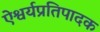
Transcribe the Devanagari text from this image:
ऐश्वर्यप्रतिपादक